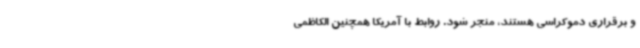
و برقراری دموکراسی هستند، منجر شود. روابط با آمریکا همچنین الکاظمی